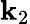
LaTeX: \mathbf{k}_{2}